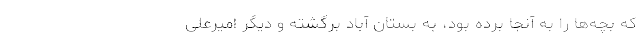
که بچه‌ها را به آنجا برده بود، به بستان آباد برگشته و دیگر امیرعلی